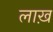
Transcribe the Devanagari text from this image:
लाख़